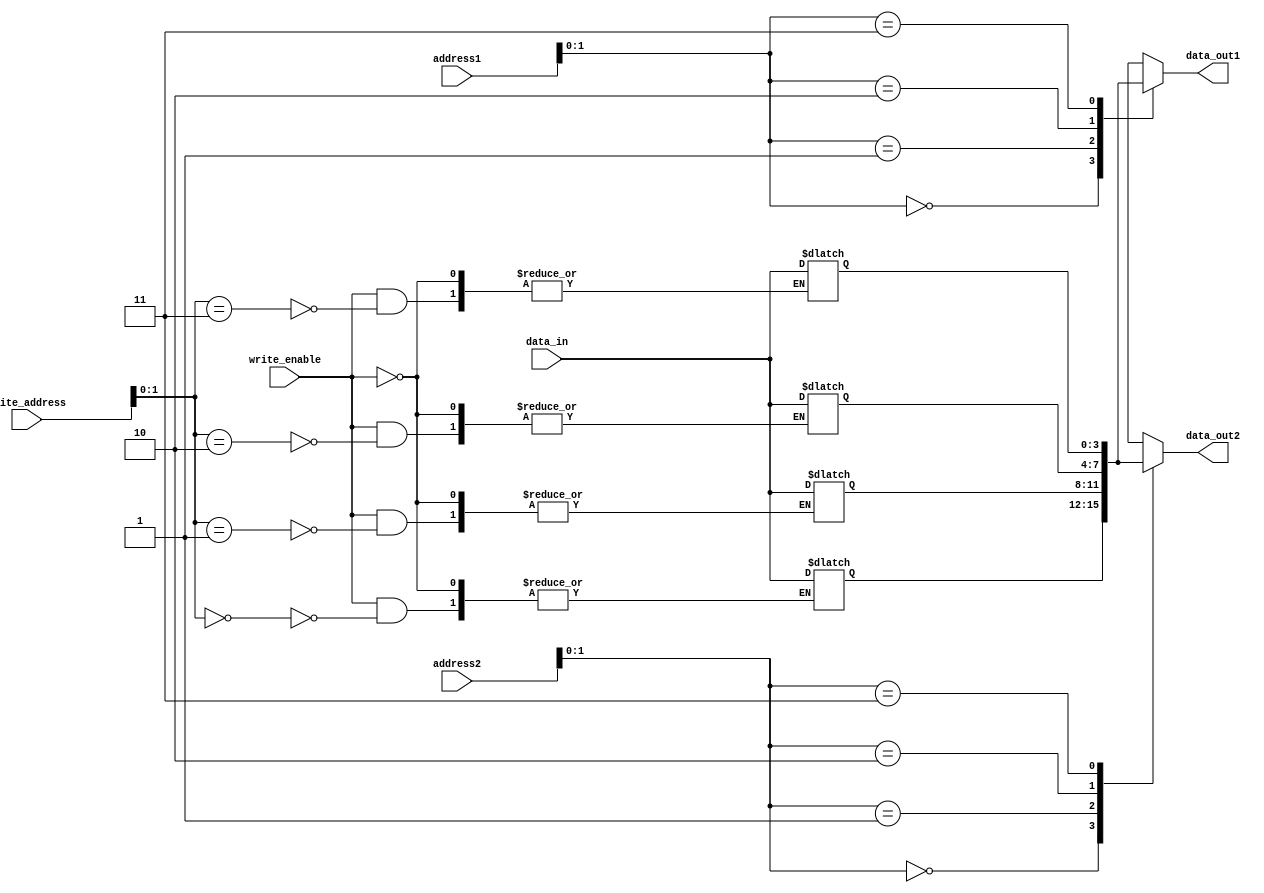
module Register_File (
    input wire [3:0] address1, // address for register 1
    input wire [3:0] address2, // address for register 2
    input wire [3:0] write_address, // address for write operation
    input wire write_enable, // write enable signal
    input wire [3:0] data_in, // data to be written
    output reg [3:0] data_out1, // data output for register 1
    output reg [3:0] data_out2 // data output for register 2
);

reg [3:0] register_file [0:3];

always @(*)
begin
    if(write_enable)
        register_file[write_address] <= data_in;
    
    data_out1 <= register_file[address1];
    data_out2 <= register_file[address2];
end

endmodule